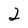
Character: 2